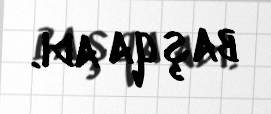
başqa adı.